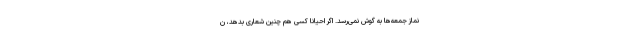
نماز جمعه‌ها به گوش نمی‌رسد. اگر احیانا کسی هم چنین شعاری بدهد، ن